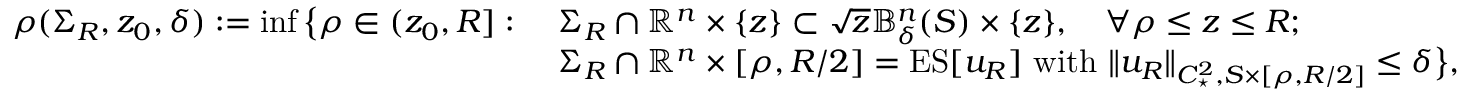
\begin{array} { r l } { \rho ( \Sigma _ { R } , z _ { 0 } , \delta ) : = \operatorname* { i n f } \big \{ \rho \in ( z _ { 0 } , R ] : } & { \ \Sigma _ { R } \cap \mathbb { R } ^ { n } \times \{ z \} \subset \sqrt { z } \mathbb { B } _ { \delta } ^ { n } ( S ) \times \{ z \} , \ \ \ \forall \rho \leq z \leq R ; } \\ & { \ \Sigma _ { R } \cap \mathbb { R } ^ { n } \times [ \rho , R / 2 ] = \mathrm { E S } [ u _ { R } ] \mathrm { ~ w i t h ~ } \| u _ { R } \| _ { C _ { \star } ^ { 2 } , S \times [ \rho , R / 2 ] } \leq \delta \big \} , } \end{array}